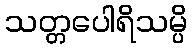
သတ္တပေါရိသမ္ပိ